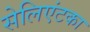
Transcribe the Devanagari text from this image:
सेलिएंटका